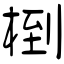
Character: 椡